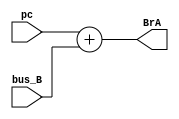
`timescale 1ns / 1ps
//////////////////////////////////////////////////////////////////////////////////
// Company: 
// Engineer: 
// 
// Design Name: 
// Module Name: Branch_select
// Project Name: 
// Target Devices: 
// Tool Versions: 
// Description: 
// 
// Dependencies: 
// 
// Revision:
// Revision 0.01 - File Created
// Additional Comments:
// 
//////////////////////////////////////////////////////////////////////////////////


module Branch_select(pc,bus_B,BrA);
input [7:0] pc,bus_B;
output reg [7:0]BrA;
always @(pc,bus_B)
begin
    BrA = pc + bus_B;
end
endmodule